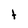
Character: t